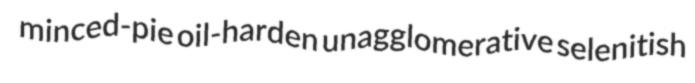
minced-pie oil-harden unagglomerative selenitish